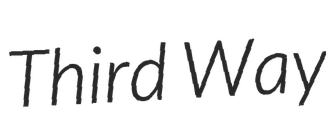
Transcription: Third Way